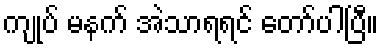
ကျုပ် မနက် အဲသာရရင် တော်ပါပြီ။